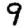
Digit: 9